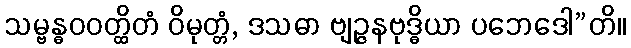
သမ္ဗန္ဓဝဝတ္ထိတံ ဝိမုတ္တံ, ဒသဓာ ဗျဉ္ဇနဗုဒ္ဓိယာ ပဘေဒေါ”တိ။